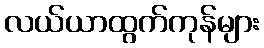
လယ်ယာထွက်ကုန်များ